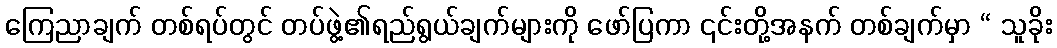
ကြေညာချက် တစ်ရပ်တွင် တပ်ဖွဲ့၏ရည်ရွယ်ချက်များကို ဖော်ပြကာ ၎င်းတို့အနက် တစ်ချက်မှာ “ သူခိုး